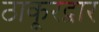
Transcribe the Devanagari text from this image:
ठाकूरद्वार